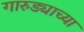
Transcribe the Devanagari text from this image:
गारुड्याच्या